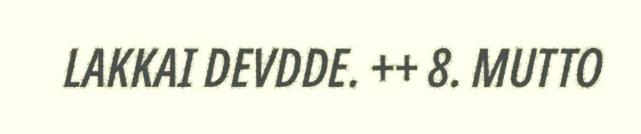
LAKKAI DEVDDE. ++ 8. MUTTO